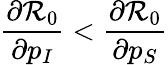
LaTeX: \frac{\partial\mathcal{R}_{0}}{\partial p_{I}}<\frac{\partial\mathcal{R}_{0}}{\partial p_{S}}